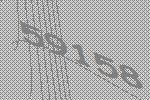
59158